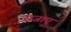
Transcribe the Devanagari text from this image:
राजाए